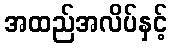
အထည်အလိပ်နှင့်